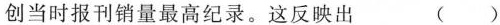
创当时报刊销量最高纪录。这反映出 ()